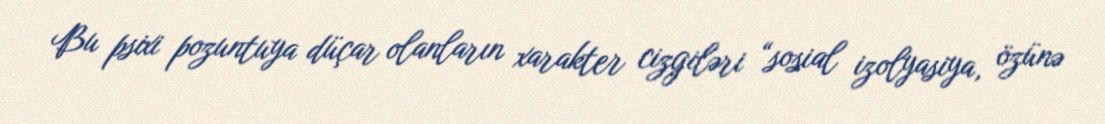
Bu psixi pozuntuya düçar olanların xarakter cizgiləri “sosial izolyasiya, özünə